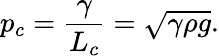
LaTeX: p_{c}={\frac{\gamma}{L_{c}}}={\sqrt{\gamma\rho g}}.